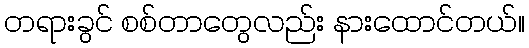
တရားခွင် စစ်တာတွေလည်း နားထောင်တယ်။